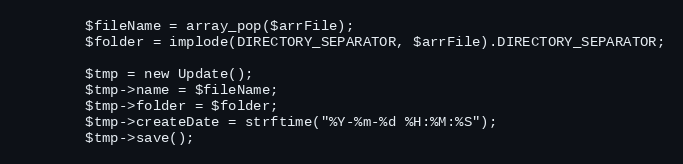
Language: PHP
        $fileName = array_pop($arrFile);
        $folder = implode(DIRECTORY_SEPARATOR, $arrFile).DIRECTORY_SEPARATOR;

        $tmp = new Update();
        $tmp->name = $fileName;
        $tmp->folder = $folder;
        $tmp->createDate = strftime("%Y-%m-%d %H:%M:%S");
        $tmp->save();